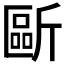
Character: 𣂻